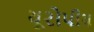
યૂરોપીય